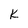
Character: k